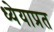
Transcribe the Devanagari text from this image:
ध्येयाप्रत